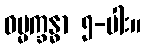
ဓမ္မက္ခန္ဓာ ၅-ပါး။